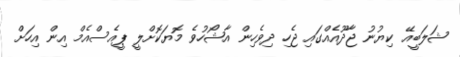
ޝަލަބީއޭ ކިޔުނު ޖާދޫއެއްގައި ޖެހި ދިވެހިން އާޝޯހުވެ މޮޔަކޮށްލީ ޕީއެސްއެމް އިން އިހަށް